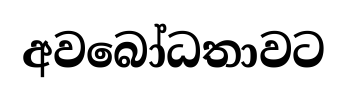
අවබෝධතාවට